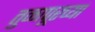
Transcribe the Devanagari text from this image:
तुळापूरच्या